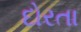
દોરતા